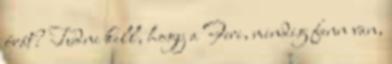
órát? Tudni kell, hogy a Feri, mindig fenn van,